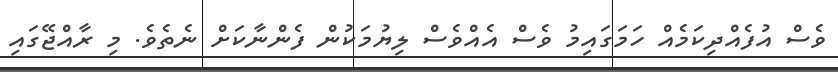
ވެސް އުފެއްދިކަމެއް ހަމަގައިމު ވެސް އެއްވެސް ލިޔުމަކުން ފެންނާކަށް ނެތެވެ. މި ރާއްޖޭގައި